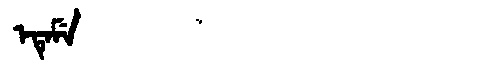
Manchu: ᡝᡨᡝᠮᡝ
Romanization: ETEME